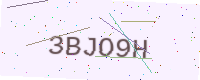
Text: 3BJO9H